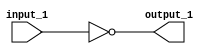
module trng_primitive_not(
  input input_1,
  output output_1
  );
  not 
`ifndef SYNTHESIS
    #3
`endif
    (output_1,input_1) ;
endmodule